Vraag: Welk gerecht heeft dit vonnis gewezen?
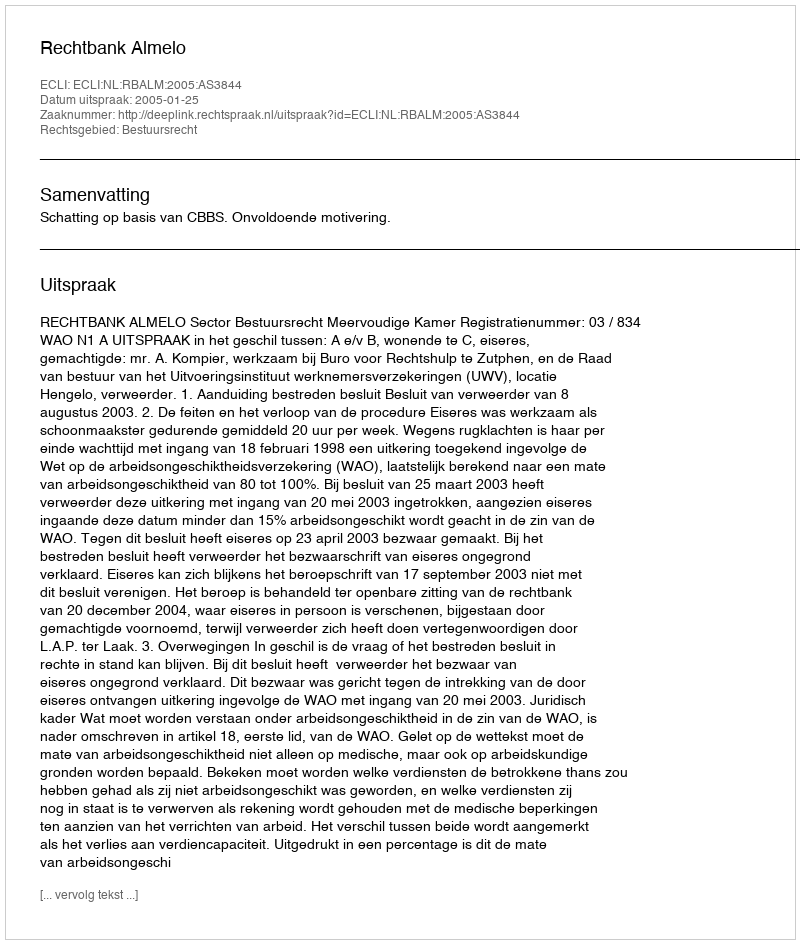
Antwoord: Rechtbank Almelo